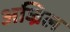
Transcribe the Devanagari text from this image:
अज्रिल